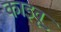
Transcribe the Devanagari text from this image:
काइवू